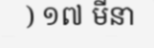
) ១៧ មីនា